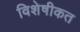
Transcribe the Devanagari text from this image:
विशेषीकत